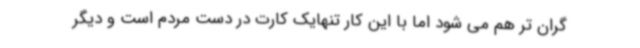
گران تر هم می شود اما با این کار تنهایک کارت در دست مردم است و دیگر